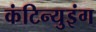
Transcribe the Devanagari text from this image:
कंटिन्युइंग